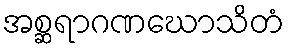
အစ္ဆရာဂဏဃောသိတံ